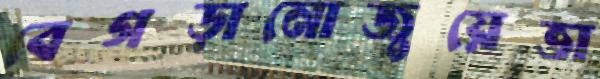
বেগড়ানোজুয়েভা